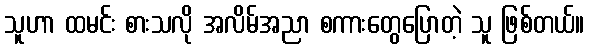
သူဟာ ထမင်း စားသလို အလိမ်အညာ စကားတွေပြောတဲ့ သူ ဖြစ်တယ်။